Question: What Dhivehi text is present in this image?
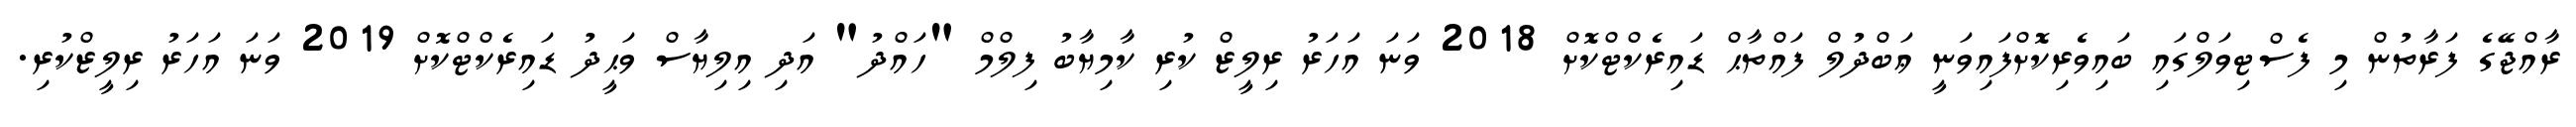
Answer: ރާއްޖޭގެ ފަރާތުން މި ފެސްޓިވަލްގައި ބައިވެރިކޮށްފައިވަނީ ޢަބްދުލް ފައްތާޙް ޑައިރެކްޓްކޮށް 2018 ވަނަ އަހަރު ރިލީޒް ކުރި ކާމިޔާބު ފިލްމް "ހައްދު" އަދި އިލިޔާސް ވަޙީދު ޑައިރެކްޓްކޮށް 2019 ވަނަ އަހަރު ރިލީޒްކުރި.